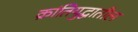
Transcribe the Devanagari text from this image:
क्रांतियुद्धातील